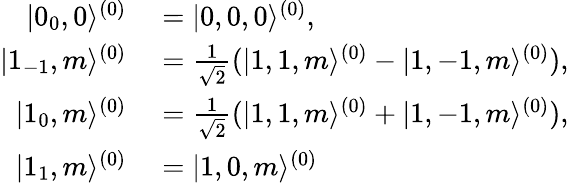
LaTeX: \begin{array}{rl}{|0_{0},0\rangle^{(0)}}&{{}=|0,0,0\rangle^{(0)},}\\ {|1_{-1},m\rangle^{(0)}}&{{}=\frac{1}{\sqrt{2}}(|1,1,m\rangle^{(0)}-|1,-1,m\rangle^{(0)}),}\\ {|1_{0},m\rangle^{(0)}}&{{}=\frac{1}{\sqrt{2}}(|1,1,m\rangle^{(0)}+|1,-1,m\rangle^{(0)}),}\\ {|1_{1},m\rangle^{(0)}}&{{}=|1,0,m\rangle^{(0)}}\end{array}